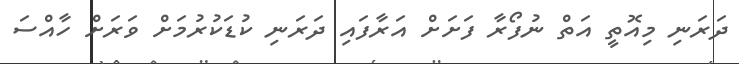
ދަރަނި މިއޮތީ އަތް ނުފޯރާ ފަށަށް އަރާފައި ދަރަނި ކުޑަކުރުމަށް ވަރަށް ހާއްސަ